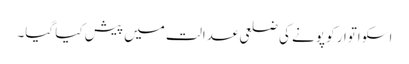
اسکو اتوار کو پونے کی ضلعی عدالت میں پیش کیا گیا۔